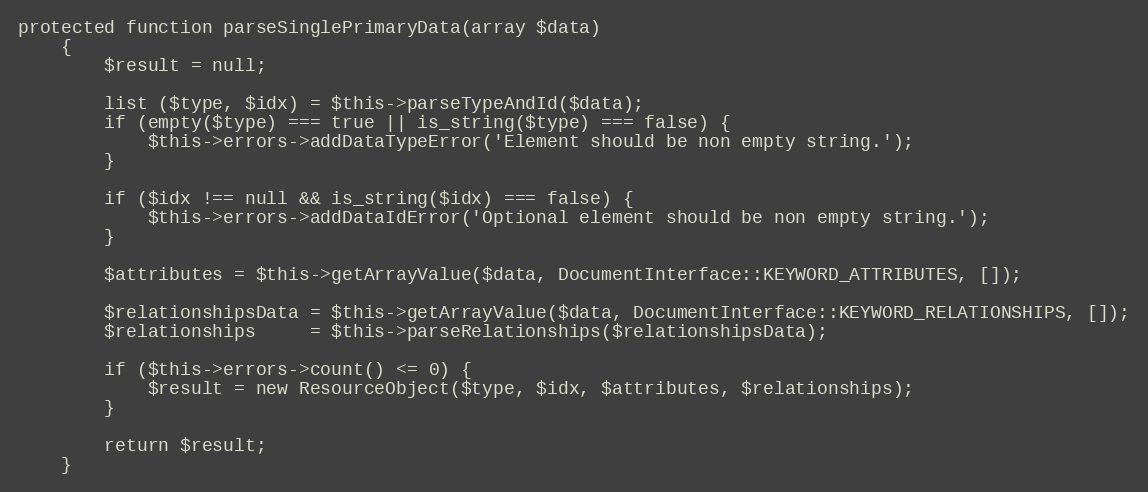
Language: PHP
protected function parseSinglePrimaryData(array $data)
    {
        $result = null;

        list ($type, $idx) = $this->parseTypeAndId($data);
        if (empty($type) === true || is_string($type) === false) {
            $this->errors->addDataTypeError('Element should be non empty string.');
        }

        if ($idx !== null && is_string($idx) === false) {
            $this->errors->addDataIdError('Optional element should be non empty string.');
        }

        $attributes = $this->getArrayValue($data, DocumentInterface::KEYWORD_ATTRIBUTES, []);

        $relationshipsData = $this->getArrayValue($data, DocumentInterface::KEYWORD_RELATIONSHIPS, []);
        $relationships     = $this->parseRelationships($relationshipsData);

        if ($this->errors->count() <= 0) {
            $result = new ResourceObject($type, $idx, $attributes, $relationships);
        }

        return $result;
    }